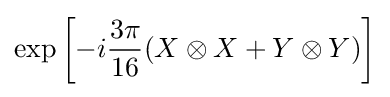
\exp \left[-i{\frac {3\pi }{16}}(X\otimes X+Y\otimes Y)\right]